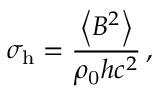
\sigma _ { \mathrm { h } } = \frac { \left\langle B ^ { 2 } \right\rangle } { \rho _ { \mathrm { 0 } } h c ^ { 2 } } \, ,